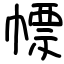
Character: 幖